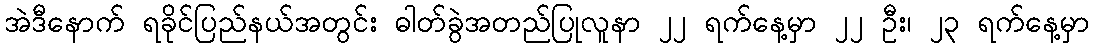
အဲဒီနောက် ရခိုင်ပြည်နယ်အတွင်း ဓါတ်ခွဲအတည်ပြုလူနာ ၂၂ ရက်နေ့မှာ ၂၂ ဦး၊ ၂၃ ရက်နေ့မှာ